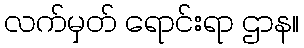
လက်မှတ် ရောင်းရာ ဌာန။